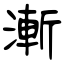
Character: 漸